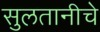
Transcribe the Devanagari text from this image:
सुलतानीचे